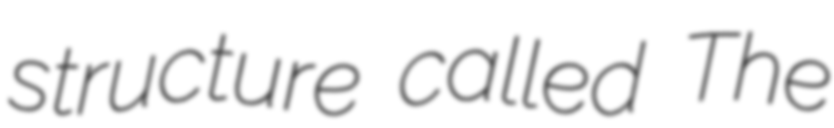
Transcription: structure called The